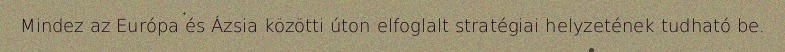
Mindez az Európa és Ázsia közötti úton elfoglalt stratégiai helyzetének tudható be.